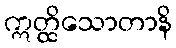
ဣတ္ထိသောတာနိ